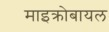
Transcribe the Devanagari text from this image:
माइक्रोबायल